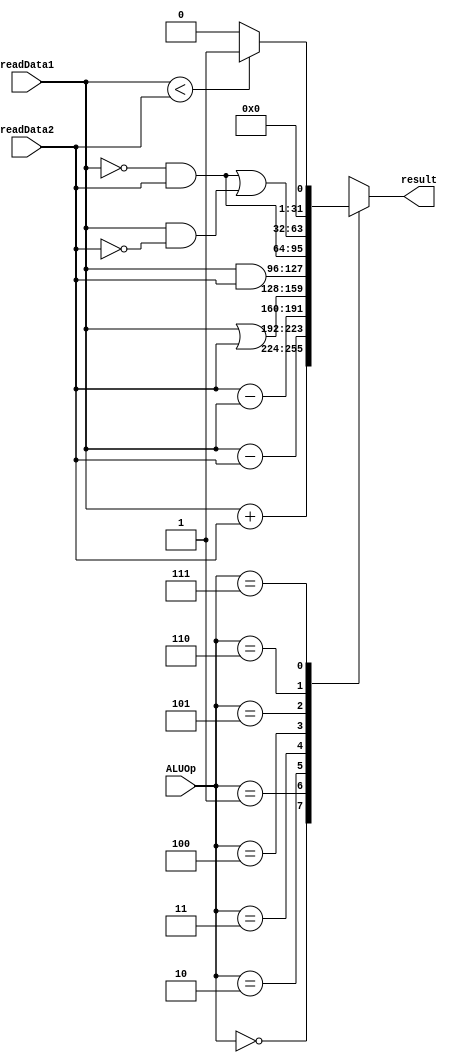
`timescale 1ns / 1ps
//////////////////////////////////////////////////////////////////////////////////
// Company: 
// Engineer: 
// 
// Design Name: 
// Module Name:    alu 
// Project Name: 
// Target Devices: 
// Tool versions: 
// Description: 
//
// Dependencies: 
//
// Revision: 
// Revision 0.01 - File Created
// Additional Comments: 
//
//////////////////////////////////////////////////////////////////////////////////
module ALU( 
    input [31:0] readData1,
    input [31:0] readData2,
    input [2:0] ALUOp,
    output reg [31:0] result
    );
    always@( readData1 or readData2 or ALUOp) begin
       $display("here alu");
        case (ALUOp)
            3'b000: result <= readData1 + readData2;
            3'b001: result <= readData1 - readData2;
            3'b010: result <= readData2 - readData1;
            3'b011: result <= readData1 | readData2;
            3'b100: result <= readData1 & readData2;
            3'b101: result <= ~readData1 & readData2;
            3'b110: result <= (~readData1 & readData2) | (readData1 & ~readData2);
            3'b111: result <= (readData1 < readData2)?1:0;//doubt
        endcase
        end
endmodule